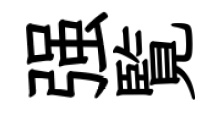
强覧